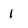
Character: 1